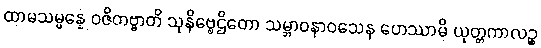
ထာမသမ္ပန္နေ ဝဇိတဗ္ဗာတိ သုနိဗ္ဗေဌိတော သမ္ဘာဝနာဝသေန ဟေဿာမိ ယုတ္တကာလဉ္စ